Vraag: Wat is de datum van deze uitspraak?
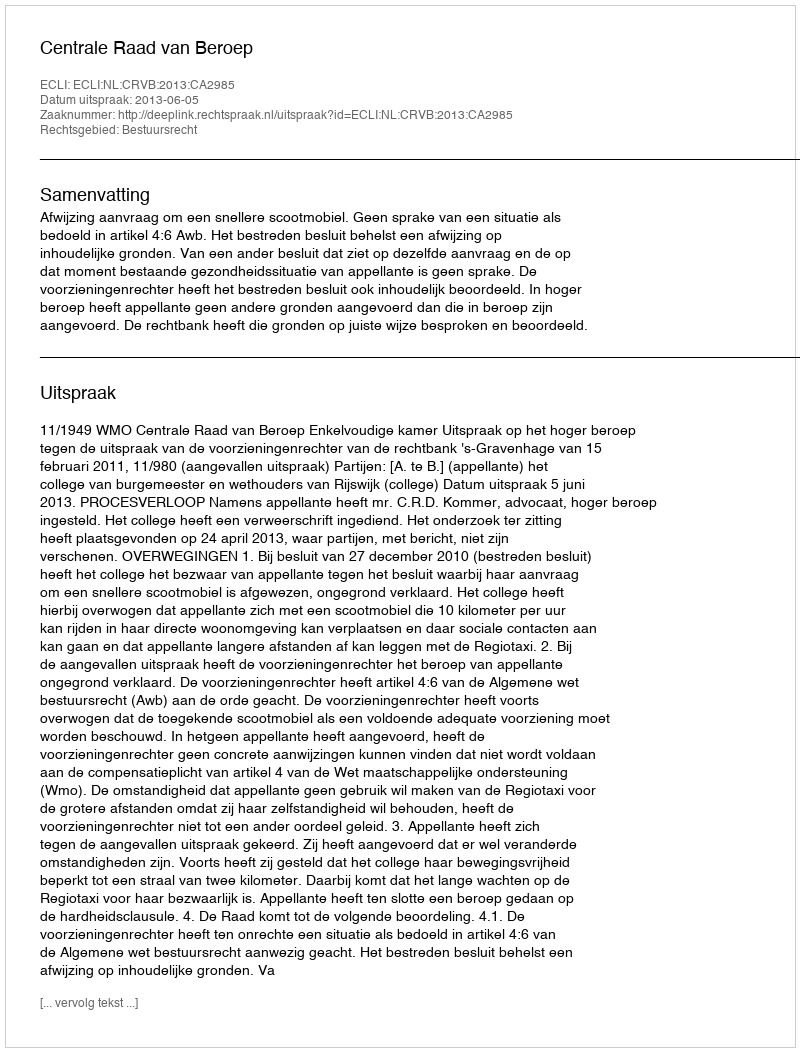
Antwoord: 2013-06-05